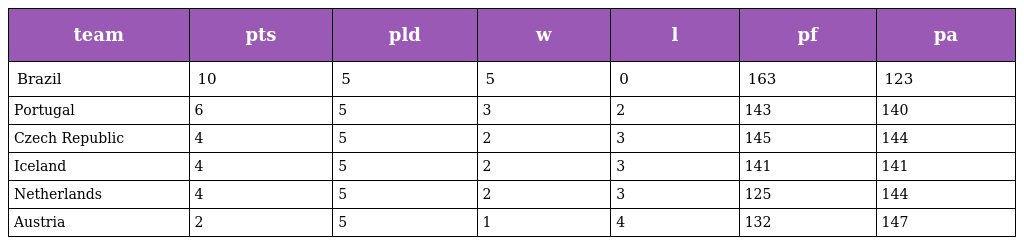
| team | pts | pld | w | l | pf | pa |
 | --- | --- | --- | --- | --- | --- | --- |
 | Brazil | 10 | 5 | 5 | 0 | 163 | 123 |
 | Portugal | 6 | 5 | 3 | 2 | 143 | 140 |
 | Czech Republic | 4 | 5 | 2 | 3 | 145 | 144 |
 | Iceland | 4 | 5 | 2 | 3 | 141 | 141 |
 | Netherlands | 4 | 5 | 2 | 3 | 125 | 144 |
 | Austria | 2 | 5 | 1 | 4 | 132 | 147 |